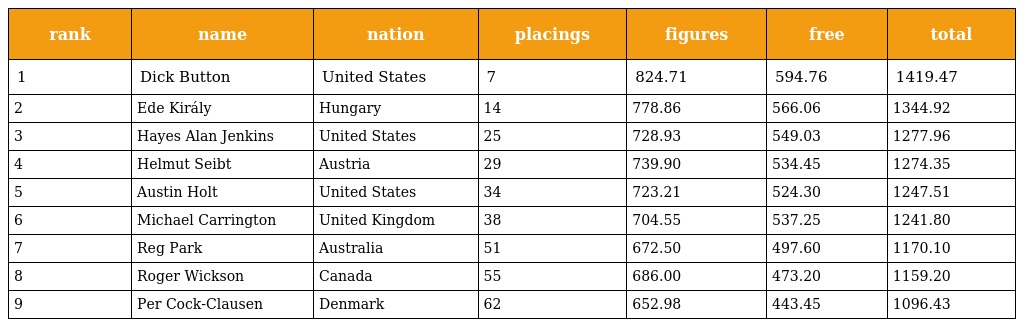
| rank | name | nation | placings | figures | free | total |
 | --- | --- | --- | --- | --- | --- | --- |
 | 1 | Dick Button | United States | 7 | 824.71 | 594.76 | 1419.47 |
 | 2 | Ede Király | Hungary | 14 | 778.86 | 566.06 | 1344.92 |
 | 3 | Hayes Alan Jenkins | United States | 25 | 728.93 | 549.03 | 1277.96 |
 | 4 | Helmut Seibt | Austria | 29 | 739.90 | 534.45 | 1274.35 |
 | 5 | Austin Holt | United States | 34 | 723.21 | 524.30 | 1247.51 |
 | 6 | Michael Carrington | United Kingdom | 38 | 704.55 | 537.25 | 1241.80 |
 | 7 | Reg Park | Australia | 51 | 672.50 | 497.60 | 1170.10 |
 | 8 | Roger Wickson | Canada | 55 | 686.00 | 473.20 | 1159.20 |
 | 9 | Per Cock-Clausen | Denmark | 62 | 652.98 | 443.45 | 1096.43 |